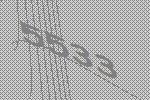
5533